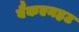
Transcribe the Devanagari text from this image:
वैकएनहट